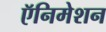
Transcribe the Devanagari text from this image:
ऍनिमेशन